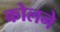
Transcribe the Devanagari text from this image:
कोलने